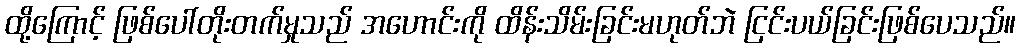
ထို့ကြောင့် ဖြစ်ပေါ်တိုးတက်မှုသည် အဟောင်းကို ထိန်းသိမ်းခြင်းမဟုတ်ဘဲ ငြင်းပယ်ခြင်းဖြစ်ပေသည်။